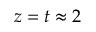
z = t \approx 2